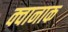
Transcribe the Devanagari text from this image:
क्वानाक